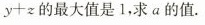
y + z$$的最大值是1，求a的值.